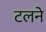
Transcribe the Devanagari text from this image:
टलने